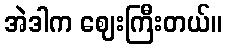
အဲဒါက ဈေးကြီးတယ်။